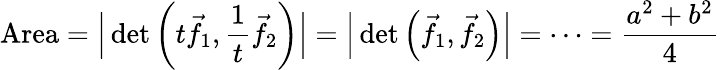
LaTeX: {\mathrm{Area}}={\Big|}\operatorname*{det}\left(t{\vec{f}}_{1},{\frac{1}{t}}{\vec{f}}_{2}\right){\Big|}={\Big|}\operatorname*{det}\left({\vec{f}}_{1},{\vec{f}}_{2}\right){\Big|}=\cdots={\frac{a^{2}+b^{2}}{4}}